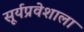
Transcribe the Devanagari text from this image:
सूर्यप्रवेशाला